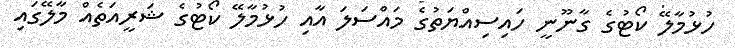
ހުޅުމާލޭ ކޯޓުގެ ގާނޫނީ ހައިސިއްޔަތުގެ މައްސަލަ އާއި ހުޅުމާލޭ ކޯޓުގެ ޝަރީއަތެއް މާލޭގައި